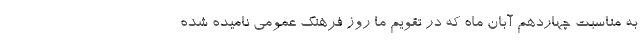
به مناسبت چهاردهم آبان ماه که در تقویم ما روز فرهنگ عمومی نامیده شده